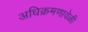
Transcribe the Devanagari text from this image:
अधिक्रमणावेळी